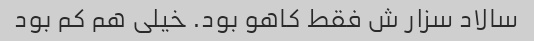
سالاد سزار ش فقط کاهو بود. خیلی هم کم بود